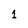
Character: 1